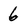
Character: 6